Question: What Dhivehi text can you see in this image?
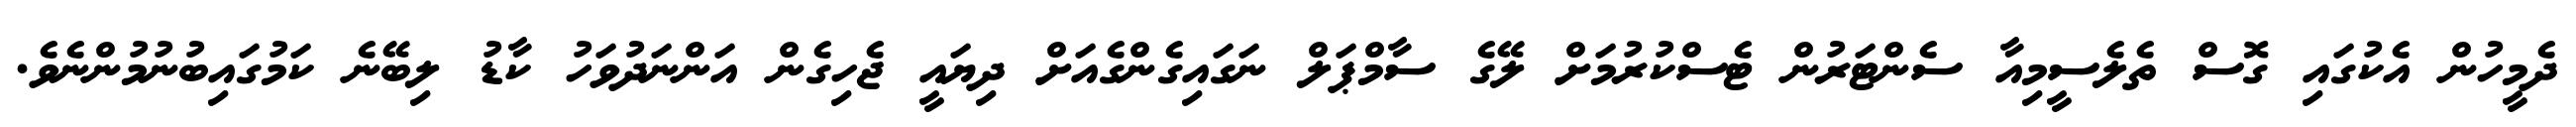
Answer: ދެމީހުން އެކުގައި ގޮސް ތެލެސީމިއާ ސެންޓަރުން ޓެސްކުރުމަށް ލޭގެ ސާމްޕަލް ނަގައިގެންގެއަށް ދިޔައީ ޖެހިގެން އަންނަދުވަހު ކާޑު ލިބޭނެ ކަމުގައިބުނުމުންނެވެ.